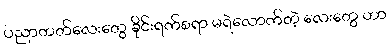
ပညာတတ်လေးတွေ ခိုင်းရက်စရာ မရဲလောက်တဲ့ လေးတွေ ဟာ